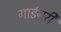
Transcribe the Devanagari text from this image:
गार्डनरी